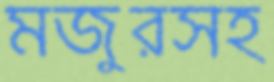
মজুরসহ